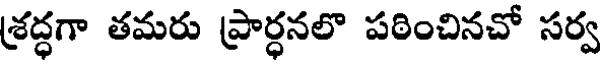
శ్రద్ధగా తమరు ప్రార్ధనలొ పఠించినచో సర్వ